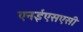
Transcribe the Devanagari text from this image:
एनईएसएसी